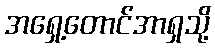
အရှေ့တောင်အာရှသို့